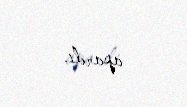
apardı.